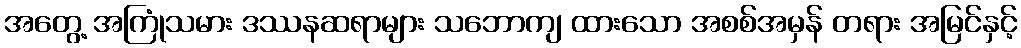
အတွေ့ အကြုံသမား ဒဿနဆရာများ သဘောကျ ထားသော အစစ်အမှန် တရား အမြင်နှင့်